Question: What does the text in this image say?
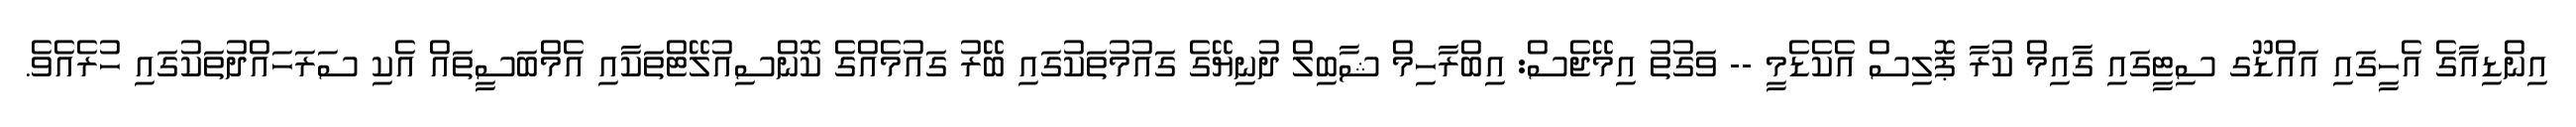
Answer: އިންޑިއާގެ އެހީގައި އައްޑޫގ ސިޓީގައި ގާއިމް ކުރާ ޕޮލިސް އެކެޑެމީ -- ވަގުތު އިމޭޖެސް: އިބްރާހިމް ޝާބިލް ދުނިޔޭގެ ގައުމުތަކުގައި ބޭރު ގައުމެއްގެ ކޮންސިއުލޭޓްތަކާއި އެމްބަސީތައް އެކި ސަރަހައްދުތަކުގައި ހުރެއެވެ.